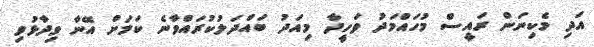
އަދި މެކިނަން ރައީސް މުހައްމަދު ވަހީދާ މިއަދު ބައްދަލުކުރައްވާނެ ކަމަށް އޭނާ ވިދާޅުވި